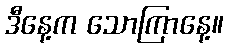
ဒီနေ့က သောကြာနေ့။